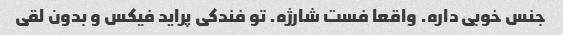
جنس خوبی داره. واقعا فست شارژه. تو فندکی پراید فیکس و بدون لقی